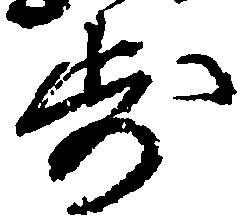
歩